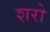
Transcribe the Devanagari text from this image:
शरो